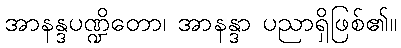
အာနန္ဒပဏ္ဍိတော၊ အာနန္ဒာ ပညာရှိဖြစ်၏။